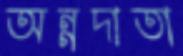
অন্নদাতা